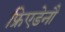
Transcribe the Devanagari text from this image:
फ्रिएडेनौ